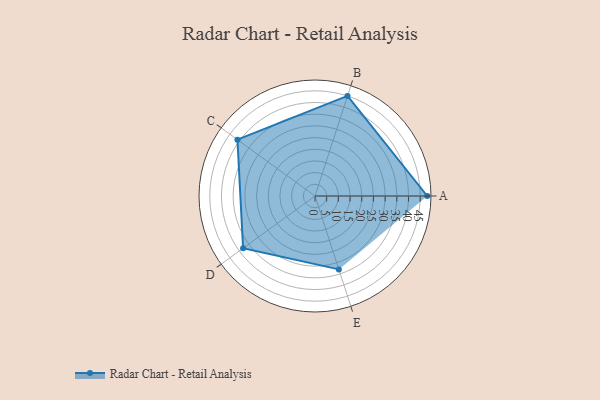
{"axis": {"x": "Skill", "y": "Score"}, "legend": ["Profile"], "data": [{"x": "A", "y": 48.0, "type": "Profile"}, {"x": "B", "y": 45.0, "type": "Profile"}, {"x": "C", "y": 41.0, "type": "Profile"}, {"x": "D", "y": 38.0, "type": "Profile"}, {"x": "E", "y": 33.0, "type": "Profile"}]}